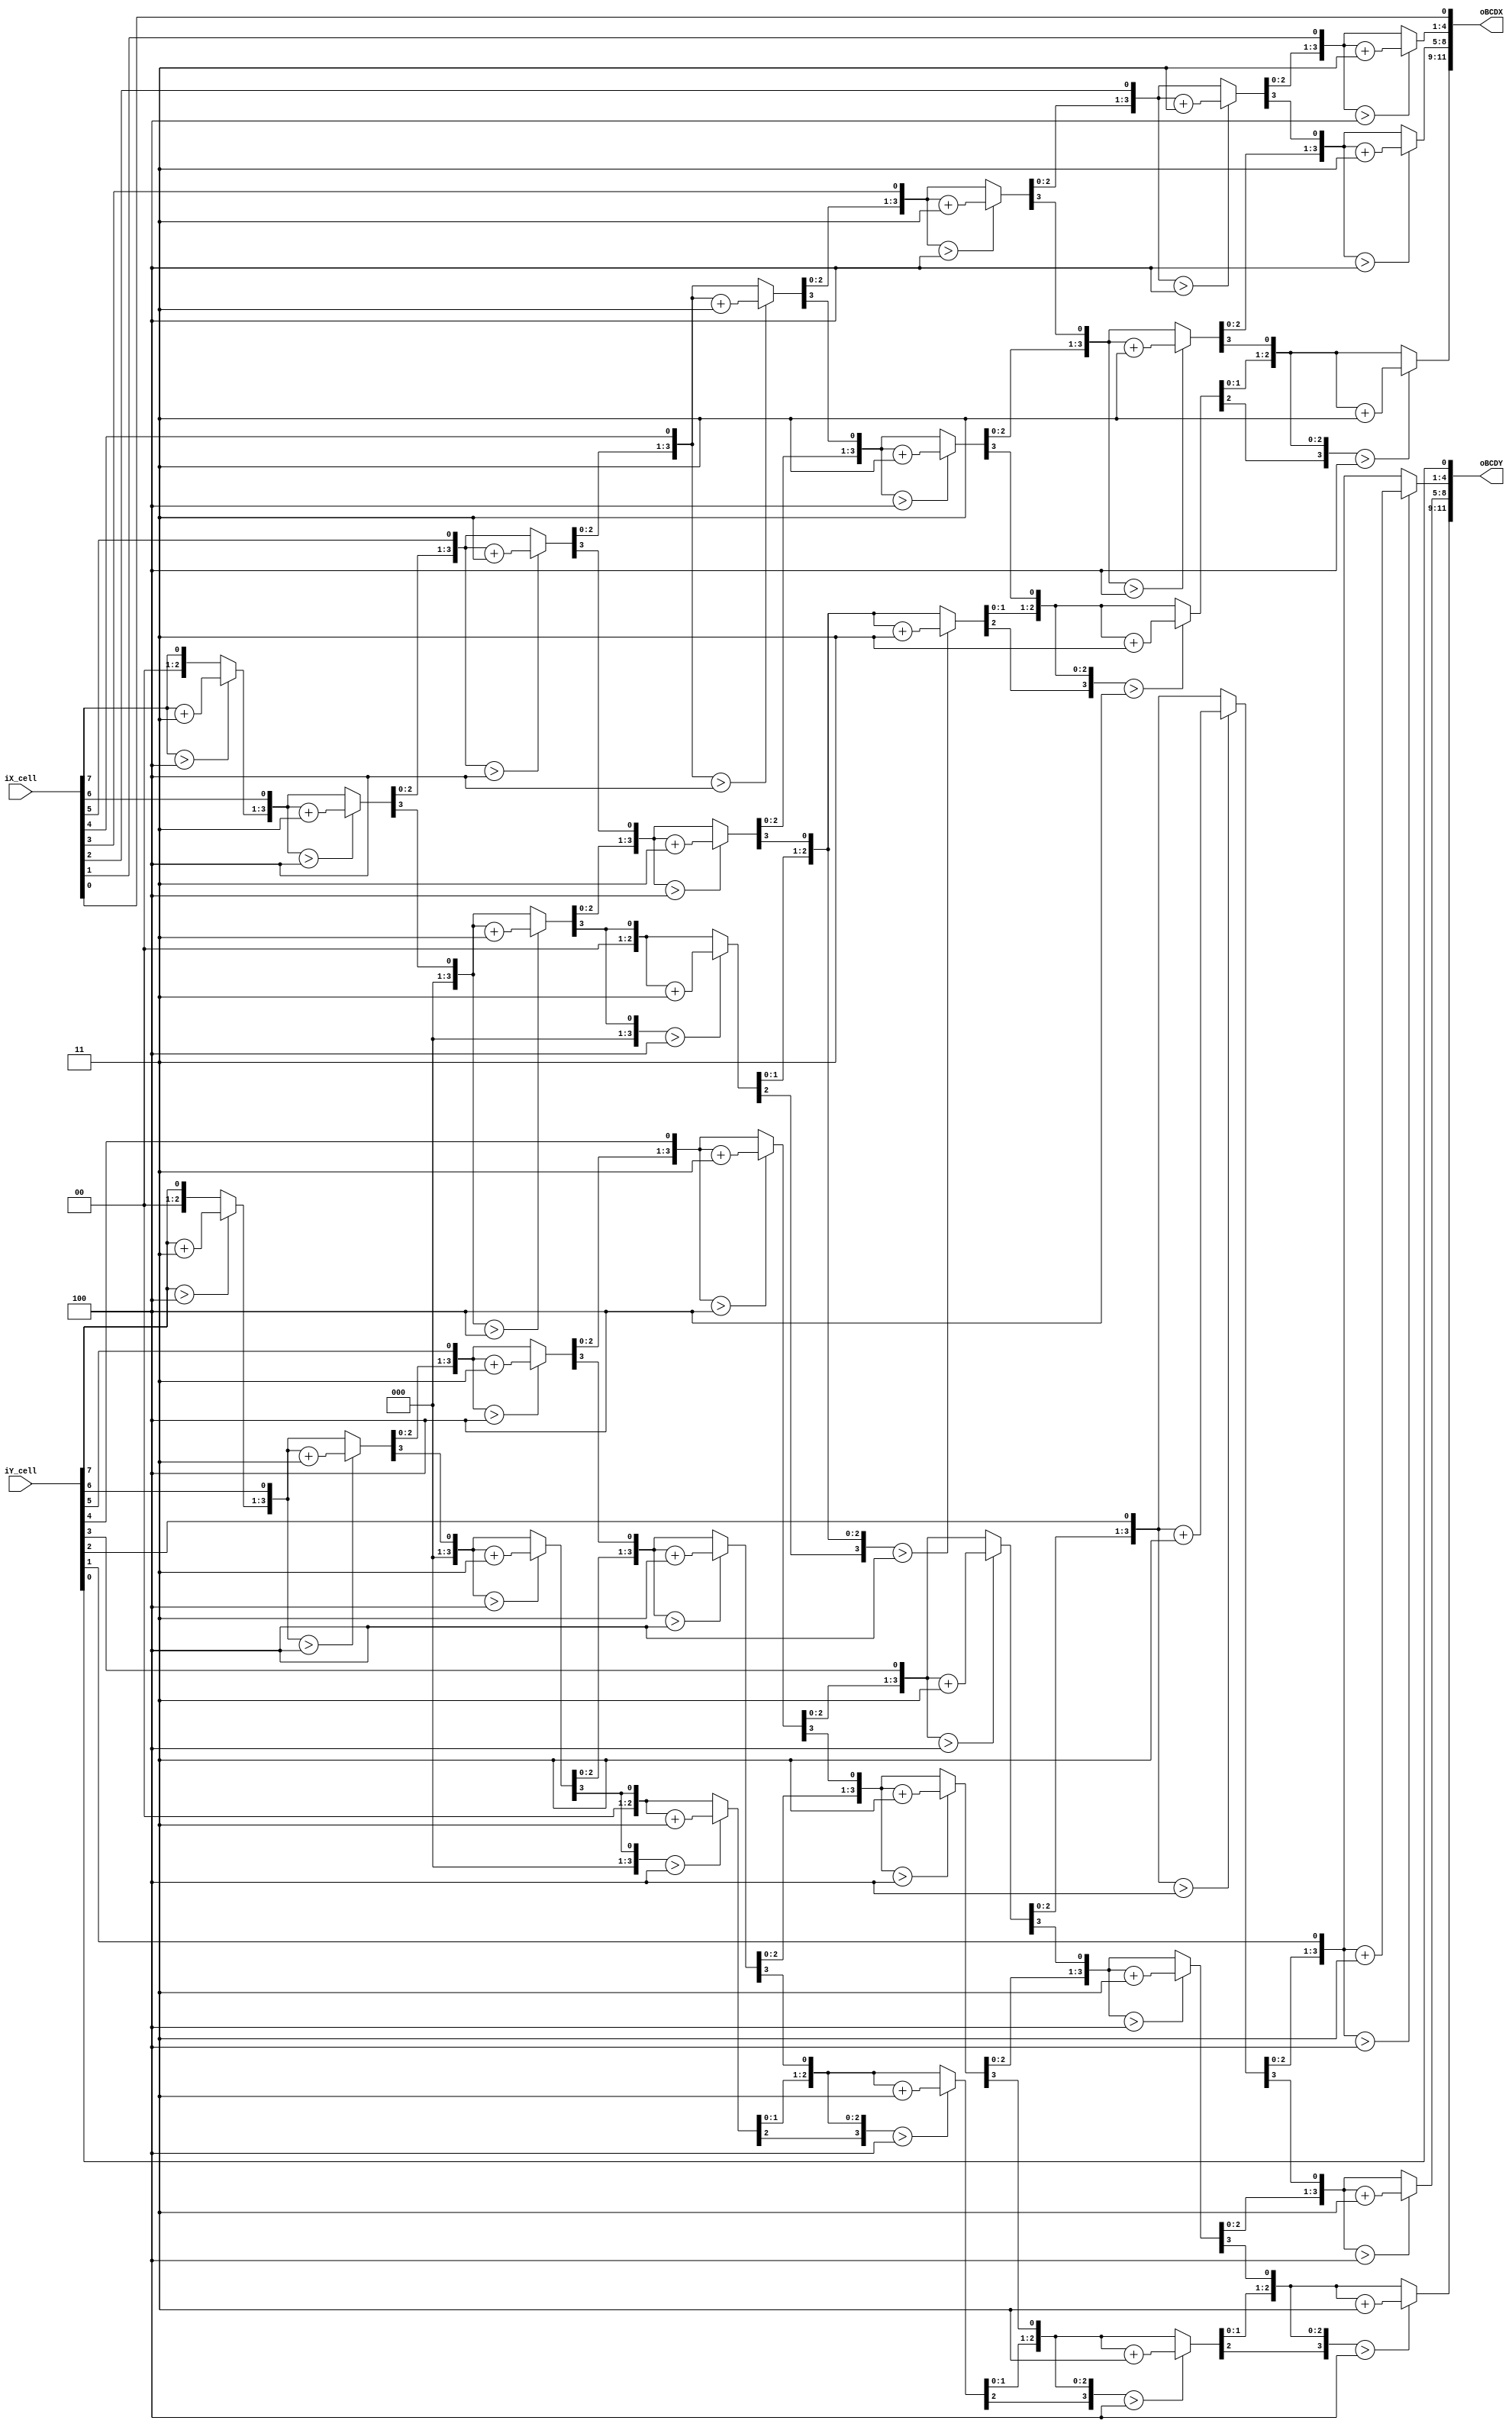
`timescale 1 ns / 1 ns

/* Implementation of the double dabble algorithm to convert BIN to BCD
	Used to convert the cell locations from the mouse to decimal values to display on 7seg display
 */

module bin2BCD(iX_cell, iY_cell, oBCDX, oBCDY);
	input [7:0] iX_cell, iY_cell;
	output reg [11:0] oBCDX, oBCDY;
	
	// Counters
	integer i, j;
	
	// Change in x position
	always@(iX_cell)
		begin
			// Initialize output to zero
			oBCDX = 0;
			
			// Double Dabble algo
			// Iterate for each bit in input
			for (i=0; i<8; i=i+1) begin
				// Add 3 to nibble if value is greater than or equal to 5
				if (oBCDX[3:0] > 4) oBCDX[3:0] = oBCDX[3:0] + 3;
				if (oBCDX[7:4] > 4) oBCDX[7:4] = oBCDX[7:4] + 3;
				if (oBCDX[11:8] > 4) oBCDX[11:8] = oBCDX[11:8] + 3;
				// Left shift values in output and shift in bit from input
				oBCDX = {oBCDX[10:0], iX_cell[7-i]};
			end
		end
		
	// Change in y position
	always@(iY_cell)
		begin
			// Initialize with zeros
			oBCDY = 0;
			
			// Double dabble algo (same as above)
			for (j=0; j<8; j=j+1) begin
				if (oBCDY[3:0] > 4) oBCDY[3:0] = oBCDY[3:0] + 3;
				if (oBCDY[7:4] > 4) oBCDY[7:4] = oBCDY[7:4] + 3;
				if (oBCDY[11:8] > 4) oBCDY[11:8] = oBCDY[11:8] + 3;
				oBCDY = {oBCDY[10:0], iY_cell[7-j]};
			end
		end
	
endmodule